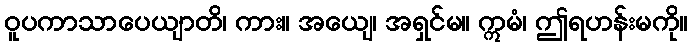
ဝူပကာသာပေယျာတိ၊ ကား။ အယျေ၊ အရှင်မ။ ဣမံ၊ ဤရဟန်းမကို။